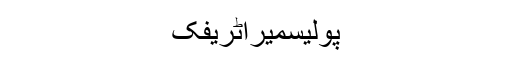
پولیسمیراٹریفک